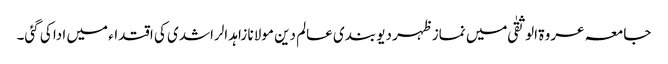
جامعہ عروۃ الوثقیٰ میں نماز ظہر دیو بندی عالم دین مولانا زاہد الراشدی کی اقتداء میں ادا کی گئی۔